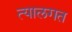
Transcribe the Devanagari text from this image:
त्यालगत